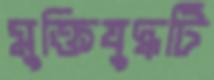
মুক্তিযুদ্ধটি